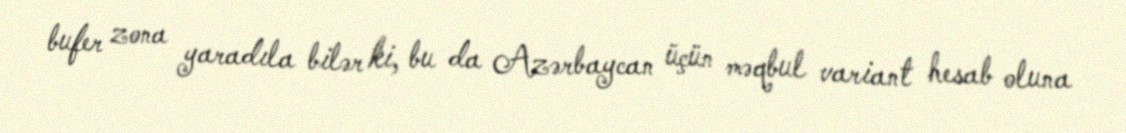
bufer zona yaradıla bilər ki, bu da Azərbaycan üçün məqbul variant hesab oluna